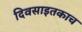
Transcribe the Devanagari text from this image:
दिवसाइतकाच